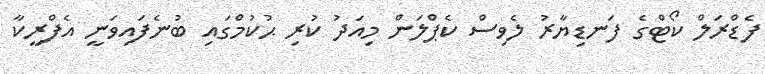
ފެޑްރަލް ކޯޓްގެ ފަނޑިޔާރު ލެވިސް ކެޕްލަން މިއަދު ކުރި ޙުކުމްގައި ބުނެފައިވަނީ އެފްރީކާ